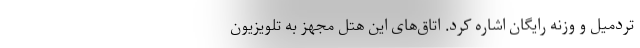
تردمیل و وزنه رایگان اشاره کرد. اتاق‌های این هتل مجهز به تلویزیون